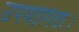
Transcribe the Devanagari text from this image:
उपयोगिता।